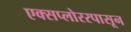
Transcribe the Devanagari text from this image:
एक्सप्लोररपासून